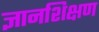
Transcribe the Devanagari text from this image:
ज्ञानशिक्षण